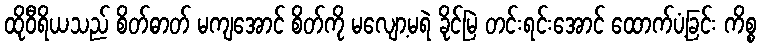
ထိုဝီရိယသည် စိတ်ဓာတ် မကျအောင် စိတ်ကို မလျော့မရဲ ခိုင်မြဲ တင်းရင်းအောင် ထောက်ပံ့ခြင်း ကိစ္စ